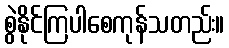
စွဲနိုင်ကြပါစေကုန်သတည်း။